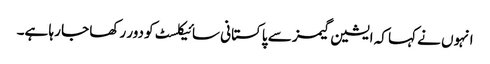
انہوں نے کہا کہ ایشین گیمز سے پاکستانی سائیکلسٹ کو دور رکھا جا رہا ہے۔